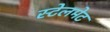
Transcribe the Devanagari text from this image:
स्टेलमेट